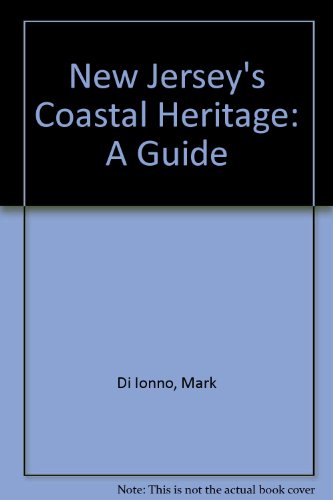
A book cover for New Jersey's Coastal Heritage: A Guide; Mark Di Ionno; Travel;